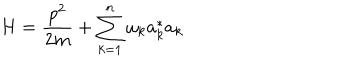
H = \frac { p ^ { 2 } } { 2 m } + \sum _ { k = 1 } ^ { n } \omega _ { k } a _ { k } ^ { * } a _ { k }